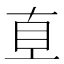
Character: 𰥑